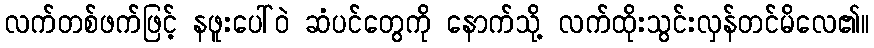
လက်တစ်ဖက်ဖြင့် နဖူးပေါ်ဝဲ ဆံပင်တွေကို နောက်သို့ လက်ထိုးသွင်းလှန်တင်မိလေ၏။